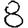
Digit: 8